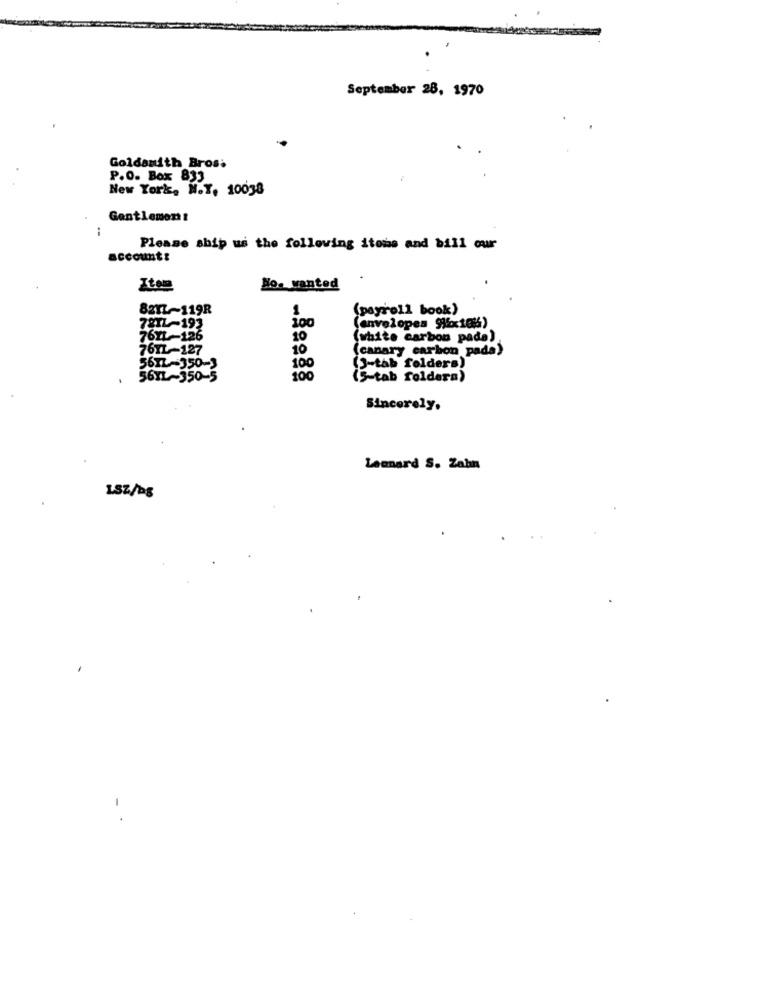
September 28, 1970
Goldsmith Bross
P.O. Box 833
New York, N.Y. 10038
Gentlemont
Please ship us the following items and bill our
account:
No. wanted
8211~119R
1
(payroll book)
100
(envelopes "ifx10%)
78TL-192
767L-126
10
(white carbon pade)
76TL-127
10
(canary carbon pads)
100
56TL-350-3
(3-tab folders)
56YL~350-5
100
(5-tab foldera)
Sincerely.
Leonard S. Zahn
Lsz/bg